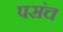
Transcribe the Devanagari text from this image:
पसंच